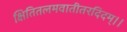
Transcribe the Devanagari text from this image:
क्षितितलमवातीतरदिदम्।।